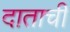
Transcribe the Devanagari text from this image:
दाताची